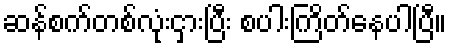
ဆန်စက်တစ်လုံးငှားပြီး စပါးကြိတ်နေပါပြီ။